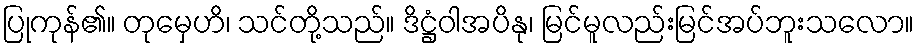
ပြုကုန်၏။ တုမှေဟိ၊ သင်တို့သည်။ ဒိဋ္ဌံဝါအပိနု၊ မြင်မူလည်းမြင်အပ်ဘူးသလော။